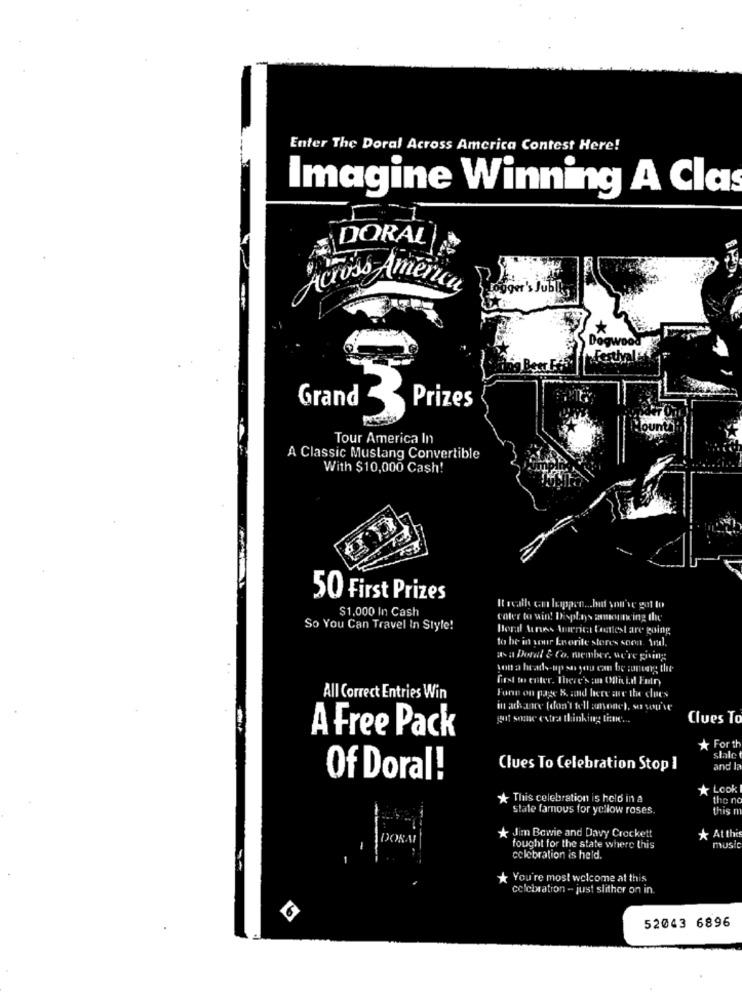
Enter The Doral Across America Contest Here!
Imagine Winning A Clas
DORAL
Across America
ogger's Jubl
Grand
Prizes
Tour America In
A Classic Mustang Convertible
With $10,000 Cash!
50 First Prizes
$1,000 In Cash
Cater to win! Displays amorning the
So You Can Travel In Style!
Beral Aroes Warict Contest are going
to be in your Leorite stores soon And.
as a Dordt & Co. member, we're giving
Volt a heads-up sa you can be zunearg the
first to enter. There's ; Offrid For,
Fone on page K, and here are the clues
All Correct Entries Win
in advance (don't tell anyone), so you've
g1 some extra thinking tene ...
Clues To
A Free Pack
* For th
slale
Clues To Celebration Stop ]
and la
Of Doral!
* Look
* This celebration is held in a
the no
State famous for yellow roses.
this n
DORA
* Jim Bowie and Davy Crockett
At the
fought for the state where this
musi
celebration is held.
You're most welcome at this
celebration - just slither on in.
52043 6896